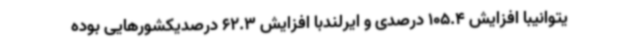
یتوانیبا افزایش 105.4 درصدی و ایرلندبا افزایش 62.3 درصدیکشورهایی بوده